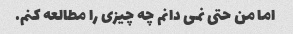
اما من حتی نمی دانم چه چیزی را مطالعه کنم.